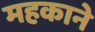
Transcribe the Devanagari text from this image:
महकाने